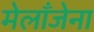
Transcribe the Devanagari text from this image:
मेलाँजेना